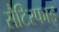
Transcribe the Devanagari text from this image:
सैटिस्फाइ